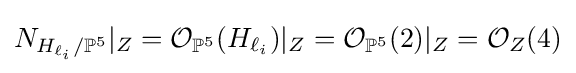
N_{H_{\ell _{i}}/\mathbb {P} ^{5}}|_{Z}={\mathcal {O}}_{\mathbb {P} ^{5}}(H_{\ell _{i}})|_{Z}={\mathcal {O}}_{\mathbb {P} ^{5}}(2)|_{Z}={\mathcal {O}}_{Z}(4)